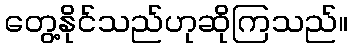
တွေ့နိုင်သည်ဟုဆိုကြသည်။